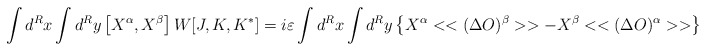
\begin{align*}\int d^{R}x\int d^{R}y\left[ X^{\alpha },X^{\beta }\right] W[J,K,K^{*}]=i\varepsilon \int d^{R}x\int d^{R}y\left\{ X^{\alpha }<<(\Delta O)^{\beta }>>-X^{\beta }<<(\Delta O)^{\alpha }>>\right\}\end{align*}